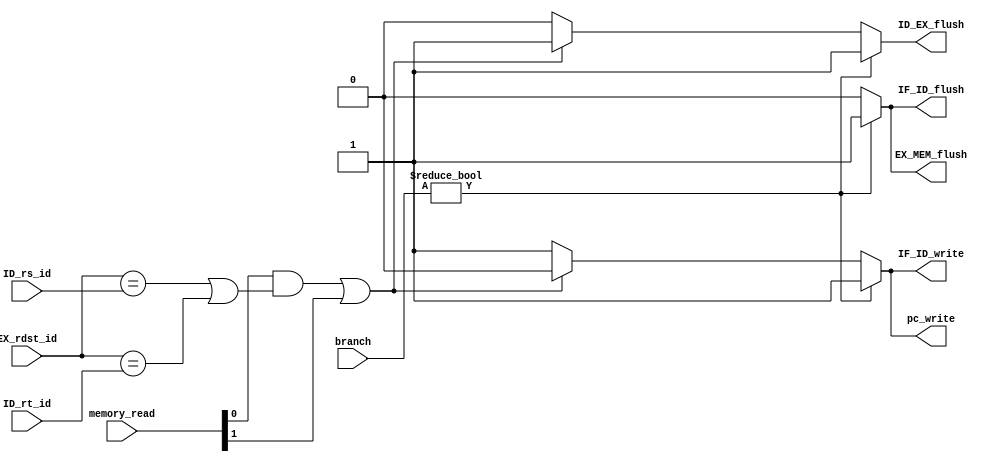
module hazard_ctrl #(parameter DWIDTH = 32)
    (
        input [2:0]        branch,      // branch signal
        input [1:0]        memory_read, // memory read signal
        input [4:0]        EX_rdst_id,    // EX.rt
        input [4:0]        ID_rs_id,    // ID.rs
        input [4:0]        ID_rt_id,    // ID.rt

        output reg         pc_write,    // PC write signal
        output reg         IF_ID_write,   // register file write signal
        output reg         IF_ID_flush,    
        output reg         ID_EX_flush,    
        output reg         EX_MEM_flush
    );

    always @(*) begin
        if(branch != 3'b000) begin // branch hazard
            pc_write = 1'b1;
            IF_ID_write = 1'b1;
            IF_ID_flush = 1'b1;
            ID_EX_flush = 1'b1;
            EX_MEM_flush= 1'b1;
        end
        else begin
            if((memory_read[0] && (EX_rdst_id == ID_rs_id || EX_rdst_id == ID_rt_id)) || memory_read[1]) begin // load-use hazard
                pc_write = 1'b0;
                IF_ID_write = 1'b0;
                IF_ID_flush = 1'b0;
                ID_EX_flush = 1'b1;
                EX_MEM_flush= 1'b0;
            end
            else begin
                pc_write = 1'b1;
                IF_ID_write = 1'b1;
                IF_ID_flush = 1'b0;
                ID_EX_flush = 1'b0;
                EX_MEM_flush= 1'b0;
            end
        end
    end

endmodule